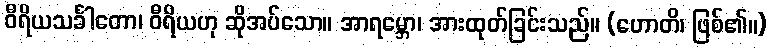
ဝီရိယသင်္ခါတော၊ ဝီရိယဟု ဆိုအပ်သော။ အာရမ္ဘော၊ အားထုတ်ခြင်းသည်။ (ဟောတိ၊ ဖြစ်၏။)